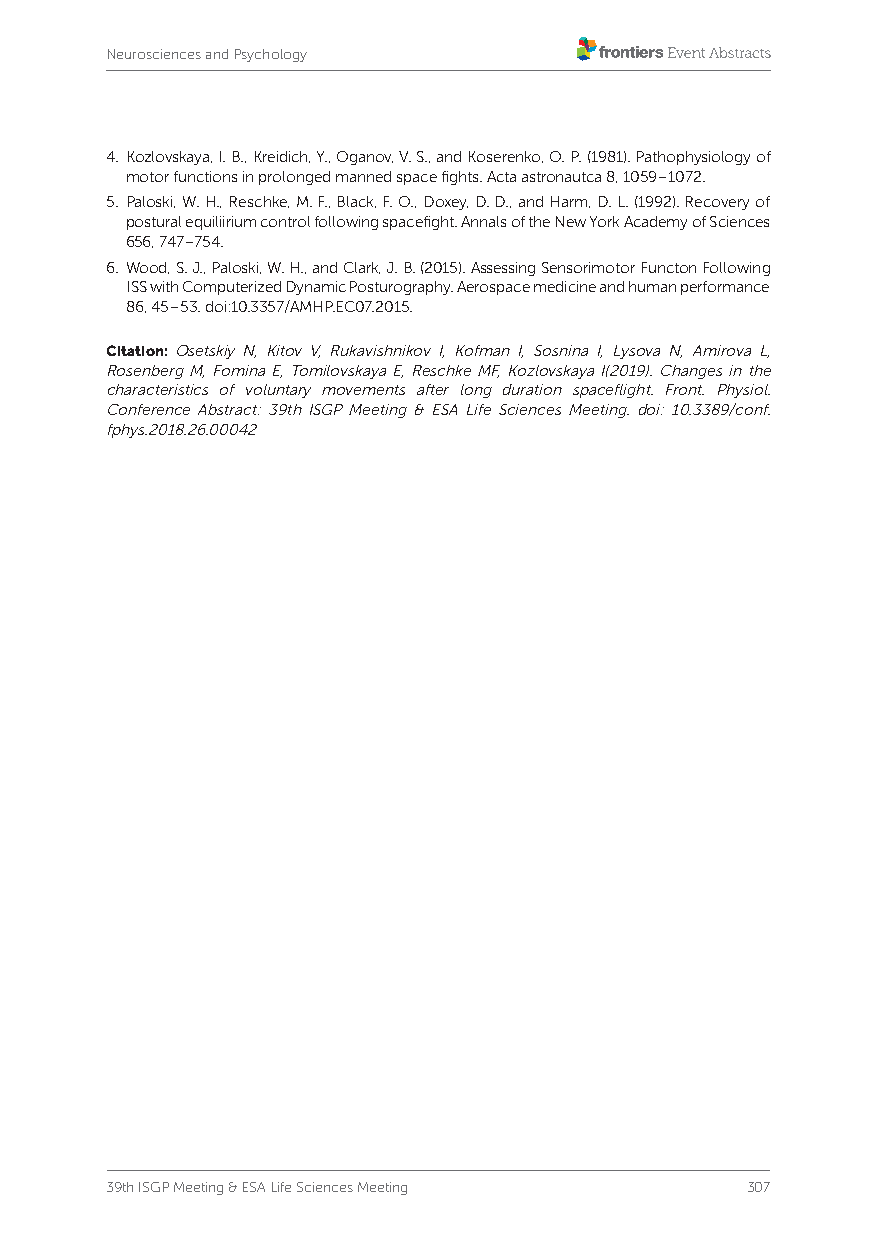
Neurosciences and Psychology
 4. Kozlovskaya, I. B., Kreidich, Y., Oganov, V. S., and Koserenko, O. P. (1981). Pathophysiology of
 motor functions in prolonged manned space fights. Acta astronautca 8, 1059–1072.
 5. Paloski, W. H., Reschke, M. F., Black, F. O., Doxey, D. D., and Harm, D. L. (1992). Recovery of
 postural equiliirium control following spacefight. Annals of the New York Academy of Sciences
 656, 747–754.
 6. W ood, S. J., Paloski, W. H., and Clark, J. B. (2015). Assessing Sensorimotor Functon Following
 ISS with Computerized Dynamic Posturography. Aerospace medicine and human performance
 86, 45–53. doi:10.3357/AMHP.EC07.2015.
 Citation: Osetskiy N, Kitov V, Rukavishnikov I, Kofman I, Sosnina I, Lysova N, Amirova L,
 Rosenberg M, Fomina E, Tomilovskaya E, Reschke MF, Kozlovskaya I(2019). Changes in the
 characteristics of voluntary movements after long duration spaceflight. Front. Physiol.
 Conference Abstract: 39th ISGP Meeting & ESA Life Sciences Meeting. doi: 10.3389/conf.
 fphys.2018.26.00042
 39th ISGP Meeting & ESA Life Sciences Meeting 307